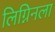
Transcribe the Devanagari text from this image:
लिग्निनला